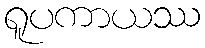
ရူပကာယဿ